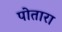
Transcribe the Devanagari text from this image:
पोतारा